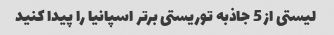
لیستی از 5 جاذبه توریستی برتر اسپانیا را پیدا کنید